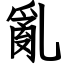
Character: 亂